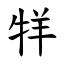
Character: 䍧